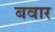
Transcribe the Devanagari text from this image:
बवार